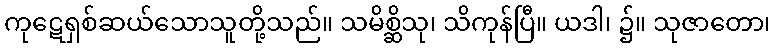
ကုဋေရှစ်ဆယ်သောသူတို့သည်။ သမိစ္ဆိသု၊ သိကုန်ပြီ။ ယဒါ၊ ၌။ သုဇာတော၊